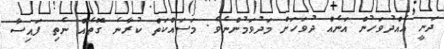
ދަނީ އެއްދުވަހުން އަނެއް ދުވަހަށް މަދުވަމުންނެވެ. މަސައްކަތް ކުރާނެ ގޮތެއް ނެތި ފައިސާ